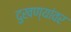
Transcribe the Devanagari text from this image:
दुखण्यांवर